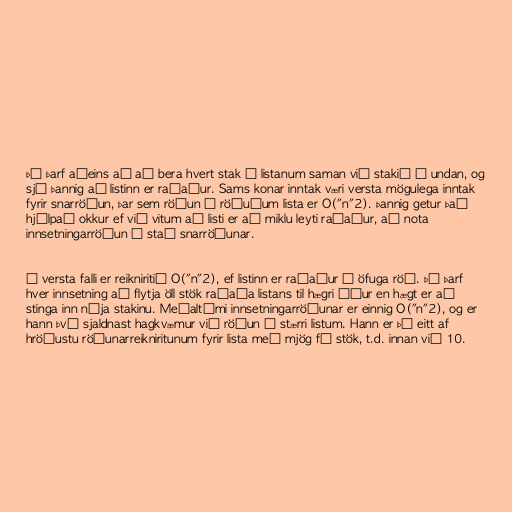
Þá þarf aðeins að að bera hvert stak í listanum saman við stakið á undan, og
sjá þannig að listinn er raðaður. Sams konar inntak væri versta mögulega inntak
fyrir snarröðun, þar sem röðun á röðuðum lista er O("n"2). Þannig getur það
hjálpað okkur ef við vitum að listi er að miklu leyti raðaður, að nota
innsetningarröðun í stað snarröðunar.

Í versta falli er reikniritið O("n"2), ef listinn er raðaður í öfuga röð. Þá þarf
hver innsetning að flytja öll stök raðaða listans til hægri áður en hægt er að
stinga inn nýja stakinu. Meðaltími innsetningarröðunar er einnig O("n"2), og er
hann því sjaldnast hagkvæmur við röðun á stærri listum. Hann er þó eitt af
hröðustu röðunarreikniritunum fyrir lista með mjög fá stök, t.d. innan við 10.